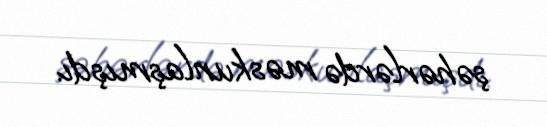
şəhərlərdə məskunlaşmışdı.